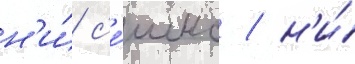
н'и́ с'е́шнс / н'и́